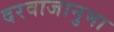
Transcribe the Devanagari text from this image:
दरवाजानुमा